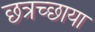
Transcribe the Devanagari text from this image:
छत्रच्छाया